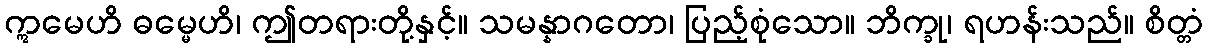
ဣမေဟိ ဓမ္မေဟိ၊ ဤတရားတို့နှင့်။ သမန္နာဂတော၊ ပြည့်စုံသော။ ဘိက္ခု၊ ရဟန်းသည်။ စိတ္တံ